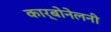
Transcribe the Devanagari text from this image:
कार्बोनेलनी